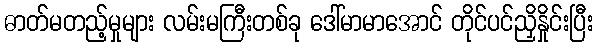
ဓာတ်မတည့်မှုများ လမ်းမကြီးတစ်ခု ဒေါ်မာမာအောင် တိုင်ပင်ညှိနှိုင်းပြီး